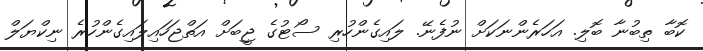
ކޮބާ ތިބުނާ ބޮލި. އަހަރެންނަކަށް ނުފެނޭ. ލައިގެންހުރި ސޯޓުގެ ޖީބަށް އަތްޖަހައިލައިގެންހުރެ ނިކްޔަލް